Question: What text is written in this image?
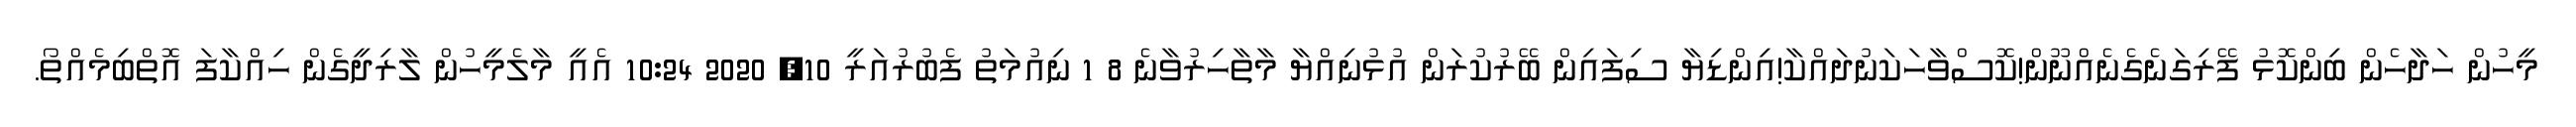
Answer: މީހުން ހަދާހެން ބިންކޮޅު ފޭރިގަނެގެނެއްނޫން!ކޮސްވާހަކަނުދައްކާ!އިންޑިޔާ ސިފައިން ބޭރުކުރަން އުޅުނިއްޔާ މާތާހިރުވާނެ 8 1 ނިއުމަތު ފެބުރުއަރީ 10, 2020 10:24 އެއީ މާލެމީހުން ލާރިދީގެން ހިއްކާފަ އޮތްބިމެއްތޯ.